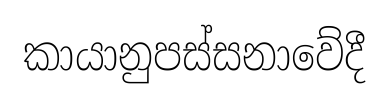
කායානුපස්සනාවේදී